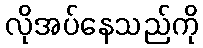
လိုအပ်နေသည်ကို